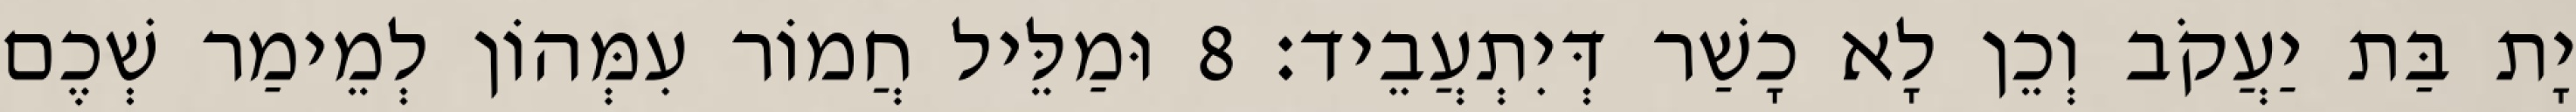
יָת בַּת יַעֲקֹב וְכֵן לָא כָשַׁר דְּיִתְעֲבֵיד׃ 8 וּמַלֵּיל חֲמוֹר עִמְּהוֹן לְמֵימַר שְׁכֶם